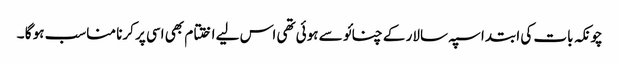
چونکہ بات کی ابتدا سپہ سالار کے چنائو سے ہوئی تھی اس لیے اختتام بھی اسی پر کرنا مناسب ہو گا ۔